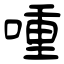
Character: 喠